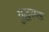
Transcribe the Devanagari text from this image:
युद्धसक्त